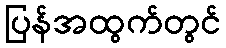
ပြန်အထွက်တွင်